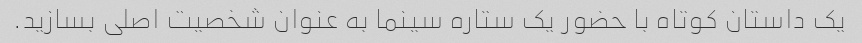
یک داستان کوتاه با حضور یک ستاره سینما به عنوان شخصیت اصلی بسازید.